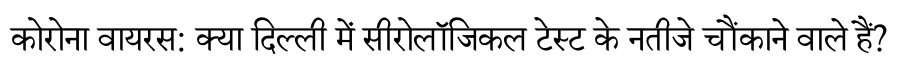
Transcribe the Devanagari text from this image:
कोरोना वायरस: क्या दिल्ली में सीरोलॉजिकल टेस्ट के नतीजे चौंकाने वाले हैं?